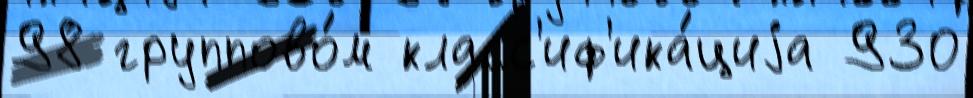
98 группово́м класс'иф'ика́циjа 930